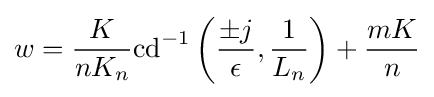
w={\frac {K}{nK_{n}}}\mathrm {cd} ^{-1}\left({\frac {\pm j}{\epsilon }},{\frac {1}{L_{n}}}\right)+{\frac {mK}{n}}